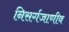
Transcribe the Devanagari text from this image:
निसर्गजाणीव